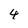
Character: 4